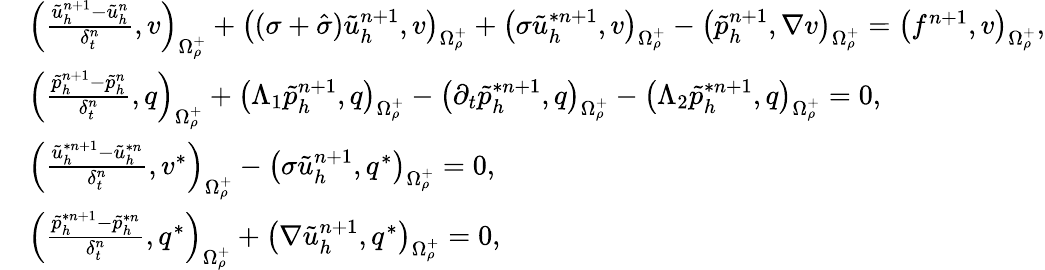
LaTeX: \begin{array}{rl}&{\left(\frac{\tilde{u}_{h}^{n+1}-\tilde{u}_{h}^{n}}{\delta_{t}^{n}},v\right)_{\Omega_{\rho}^{+}}+\left((\sigma+\hat{\sigma})\tilde{u}_{h}^{n+1},v\right)_{\Omega_{\rho}^{+}}+\left(\sigma\tilde{u}_{h}^{*n+1},v\right)_{\Omega_{\rho}^{+}}-\left(\tilde{p}_{h}^{n+1},\nabla v\right)_{\Omega_{\rho}^{+}}=\left(f^{n+1},v\right)_{\Omega_{\rho}^{+}},}\\ &{\left(\frac{\tilde{p}_{h}^{n+1}-\tilde{p}_{h}^{n}}{\delta_{t}^{n}},q\right)_{\Omega_{\rho}^{+}}+\left(\Lambda_{1}\tilde{p}_{h}^{n+1},q\right)_{\Omega_{\rho}^{+}}-\left(\partial_{t}\tilde{p}_{h}^{*n+1},q\right)_{\Omega_{\rho}^{+}}-\left(\Lambda_{2}\tilde{p}_{h}^{*n+1},q\right)_{\Omega_{\rho}^{+}}=0,}\\ &{\left(\frac{\tilde{u}_{h}^{*n+1}-\tilde{u}_{h}^{*n}}{\delta_{t}^{n}},v^{*}\right)_{\Omega_{\rho}^{+}}-\left(\sigma\tilde{u}_{h}^{n+1},q^{*}\right)_{\Omega_{\rho}^{+}}=0,}\\ &{\left(\frac{\tilde{p}_{h}^{*n+1}-\tilde{p}_{h}^{*n}}{\delta_{t}^{n}},q^{*}\right)_{\Omega_{\rho}^{+}}+\left(\nabla\tilde{u}_{h}^{n+1},q^{*}\right)_{\Omega_{\rho}^{+}}=0,}\end{array}